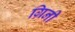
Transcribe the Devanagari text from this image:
ग्रिनी